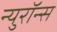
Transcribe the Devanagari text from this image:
न्युरॉन्स